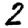
Digit: 2